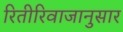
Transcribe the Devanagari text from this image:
रितीरिवाजानुसार